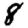
Digit: 8